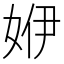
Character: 𡜬